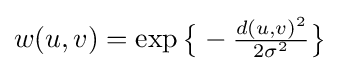
w(u,v)=\exp {\bigl \{}-{\tfrac {d(u,v)^{2}}{2\sigma ^{2}}}{\bigr \}}